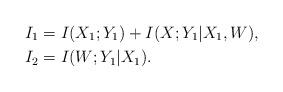
LaTeX: \begin{align*} I_1 &= I(X_1;Y_1) + I(X;Y_1|X_1,W),\\ I_2 &= I(W;Y_1|X_1). \end{align*}